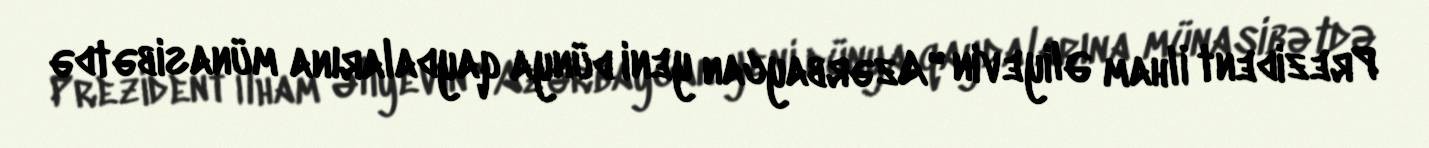
Prezident İlham Əliyevin "Azərbaycan yeni dünya qaydalarına münasibətdə